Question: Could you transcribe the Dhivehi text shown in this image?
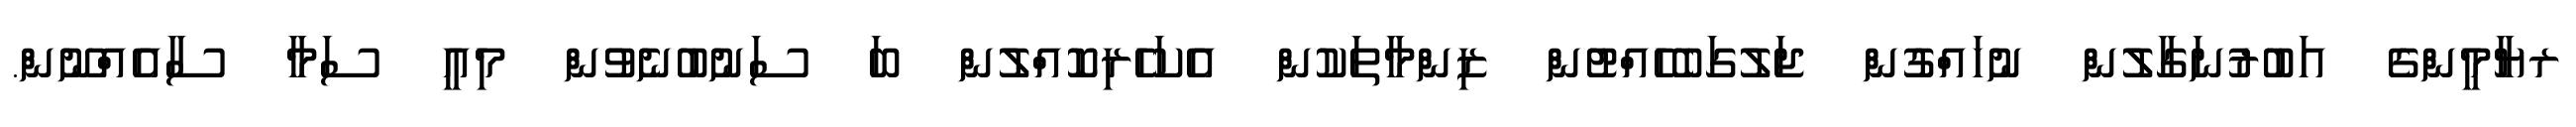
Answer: ރޔާމީންގެ އަބުރުނަގާލުން ނުހައްގުން ޖަލުގަބެހެއްޓުން ޒިންމާތަކުން އެކަހެރިކޮއްލުން ބަ ސަނުބުނެވުން މިއީ ސަމާ ސާއެއްނޫން.